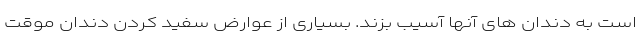
است به دندان های آنها آسیب بزند. بسیاری از عوارض سفید کردن دندان موقت